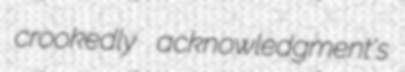
crookedly acknowledgment's